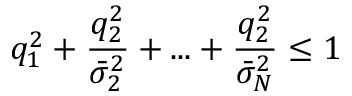
q _ { 1 } ^ { 2 } + \frac { q _ { 2 } ^ { 2 } } { \bar { \sigma } _ { 2 } ^ { 2 } } + . . . + \frac { q _ { 2 } ^ { 2 } } { \bar { \sigma } _ { N } ^ { 2 } } \leq 1